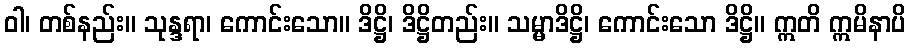
ဝါ၊ တစ်နည်း။ သုန္ဒရာ၊ ကောင်းသော။ ဒိဋ္ဌိ၊ ဒိဋ္ဌိတည်း။ သမ္မာဒိဋ္ဌိ၊ ကောင်းသော ဒိဋ္ဌိ။ ဣတိ ဣမိနာပိ